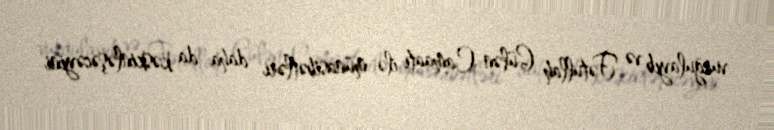
vurğulayıb və Fətullah Gülən Camaatı ilə münasibətləri daha da kəskinləşəcəyini